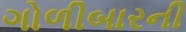
ગોળીબારની